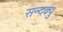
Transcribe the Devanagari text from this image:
सन्दक्पु